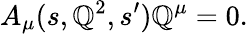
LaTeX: A_{\mu}(s,\mathbb{Q}^{2},s^{\prime})\mathbb{Q}^{\mu}=0.